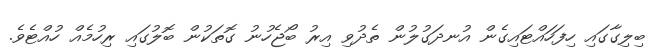
ބިލިގާގައި ހިފަހައްޓައިގެން އުނދަގުލުން ތެދުވި އިރު ބޯޖެހުނު ގޮތަކުން ބޮލުގައި ރިހުމެއް ހުއްޓެވެ.